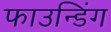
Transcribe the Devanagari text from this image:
फाउन्डिंग